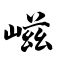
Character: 嵫